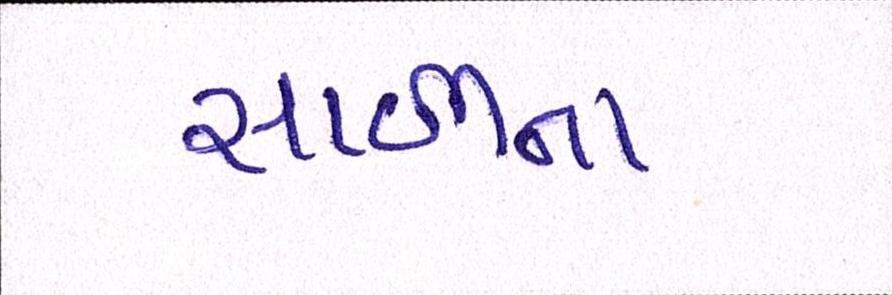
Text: સાળીના